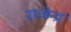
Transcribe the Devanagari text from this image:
राजेन्द्रं